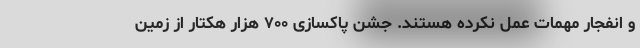
و انفجار مهمات عمل نکرده هستند. جشن پاکسازی ۷۰۰ هزار هکتار از زمین